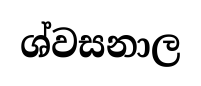
ශ්වසනාල